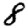
Digit: 8